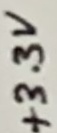
Text: +3.3V